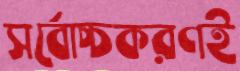
সর্বোচ্চকরণই